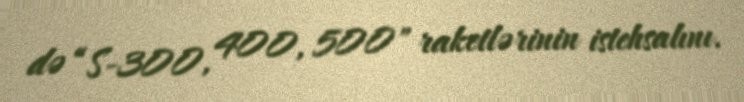
də “S-300, 400, 500" raketlərinin istehsalını.